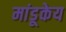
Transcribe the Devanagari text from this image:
मांडूकेय